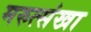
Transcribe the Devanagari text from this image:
मरुत्संखा